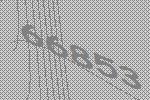
66853